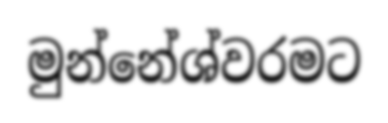
මුන්නේශ්වරමට